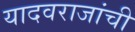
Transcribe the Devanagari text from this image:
यादवराजांची